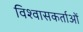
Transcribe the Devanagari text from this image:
विश्वासकर्ताओं